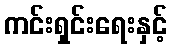
ကင်းရှင်းရေးနှင့်